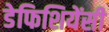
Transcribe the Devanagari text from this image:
डेफिशियेंसी